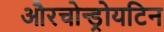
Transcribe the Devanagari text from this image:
औरचोन्ड्रोयटिन